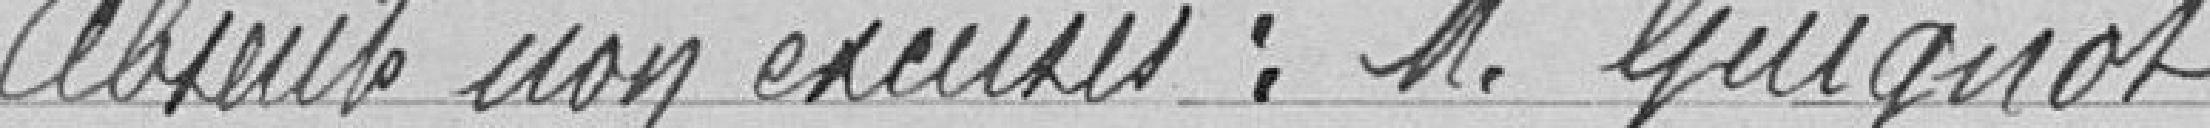
Absents non excusés : M. Guignot